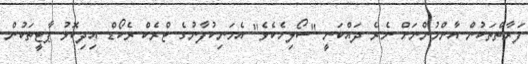
ފަރާތްތަކުން އާންމުންނަށް ނެރެ ދައްކަނީ "ސޯލިހެކެވެ" އެމަނިކުފާނުގެ ޓްރެކް ރެކޯޑް އިދިކޮޅު ޕާޓީތަކުން